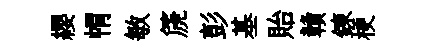
纓㡌敏篪彭基貽贛鍊梗